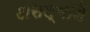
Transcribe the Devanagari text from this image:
असल्याने